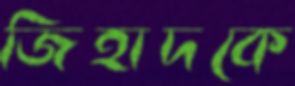
জিহাদকে